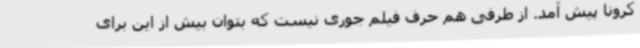
کرونا پیش آمد. از طرفی هم حرف فیلم جوری نیست که بتوان بیش از این برای